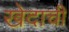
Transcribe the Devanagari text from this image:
खेदाची